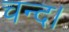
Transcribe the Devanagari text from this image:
चन्‍द।